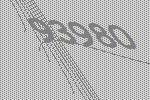
93980